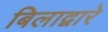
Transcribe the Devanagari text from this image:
बिलाद्वारे